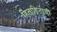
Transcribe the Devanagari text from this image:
हिताहिताची